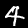
Label: 4